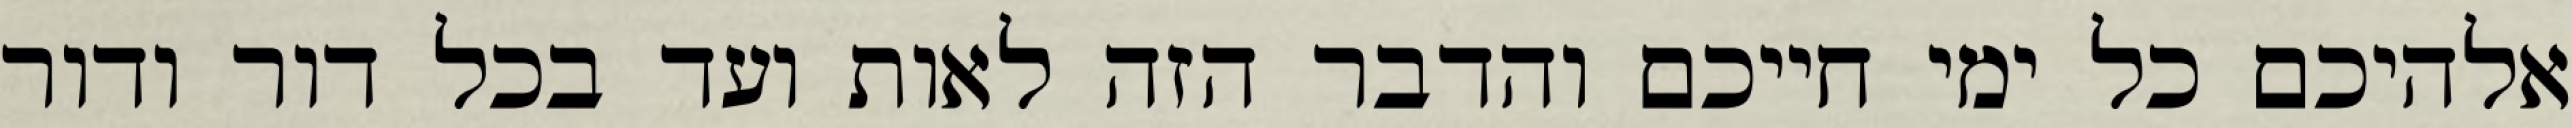
אלהיכם כל ימי חייכם והדבר הזה לאות ועד בכל דור ודור